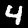
Label: 4